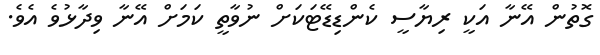
ގޮތުން އޭނާ އަކީ ރިޔާސީ ކެންޑިޑޭޓަކަށް ނުވާތީ ކަމަށް އޭނާ ވިދާޅުވެ އެވެ.